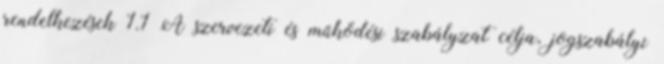
rendelkezések 1.1 A szervezeti és működési szabályzat célja, jogszabályi